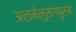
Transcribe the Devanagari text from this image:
अलमेलुमंगपुरम